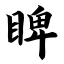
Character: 睥